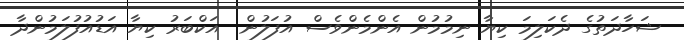
ޝަހާދަތުގެ ދެކަލިމަ ކިޔާ ނިމުމުން އެންމެންވެސް އުފަލުން  އަކްބަރު ކިޔާ އަޑުއުފުލަމުންދާ